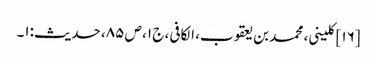
[۱۶] کلینی، محمد بن یعقوب، الکافی، ج ۱، ص ۸۵، حدیث:۱۔